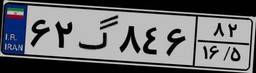
۶۲گ۸۴۶۸۲